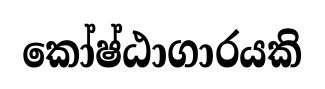
කෝෂ්ඨාගාරයකි